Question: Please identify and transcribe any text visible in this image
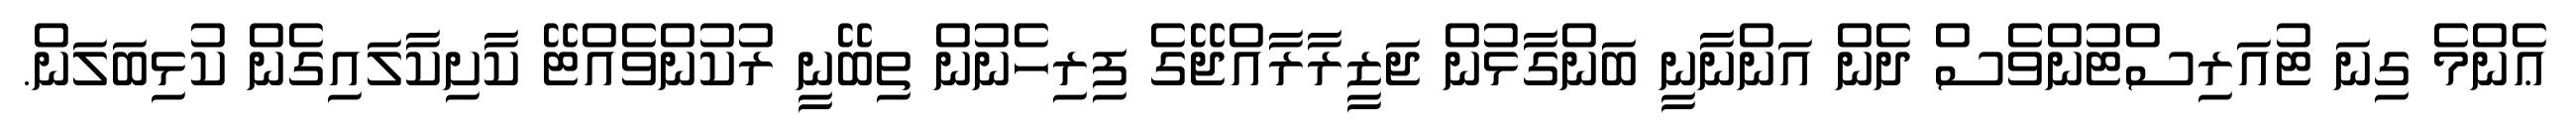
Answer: ޢެންމެ ގިނަ ޓުއަރިސްޓުންވެސް ދެން އަންނާނީ ބަންގާޅުން ޖަޒީރާރާއްޖޭގެ ފިރިހެނުން ތިބޭނީ ރުކުންވެއްޓޭ ކާށިކާލައިގެން ކުޅިބަލަން.